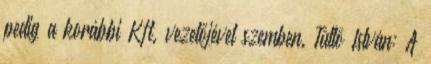
pedig a korábbi Kft. vezetőjével szemben. Tüttő István: A